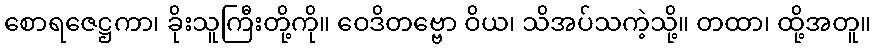
စောရဇေဋ္ဌကာ၊ ခိုးသူကြီးတို့ကို။ ဝေဒိတဗ္ဗော ဝိယ၊ သိအပ်သကဲ့သို့။ တထာ၊ ထို့အတူ။